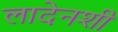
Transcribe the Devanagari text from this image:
लादेनशी